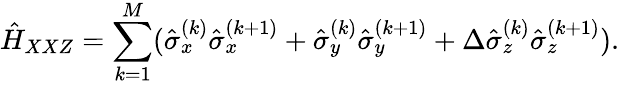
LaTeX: \hat{H}_{XXZ}=\sum_{k=1}^{M}(\hat{\sigma}_{x}^{(k)}\hat{\sigma}_{x}^{(k+1)}+\hat{\sigma}_{y}^{(k)}\hat{\sigma}_{y}^{(k+1)}+\Delta\hat{\sigma}_{z}^{(k)}\hat{\sigma}_{z}^{(k+1)}).